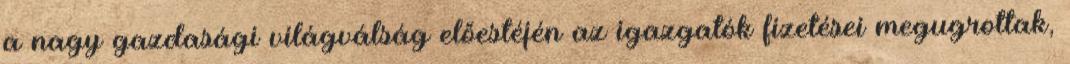
a nagy gazdasági világválság előestéjén az igazgatók fizetései megugrottak,